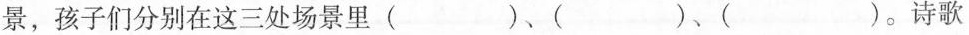
景，孩子们分别在这三处场景里( )、( )、( )。诗歌